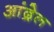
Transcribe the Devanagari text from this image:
आंद्रेल